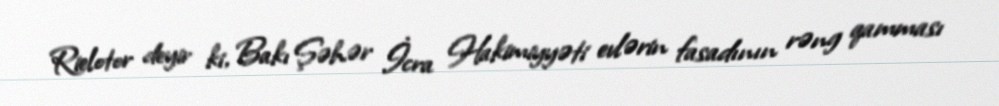
Rielotor deyir ki, Bakı Şəhər İcra Hakimiyyəti evlərin fasadının rəng qamması